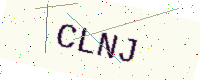
Text: CLNJ